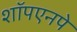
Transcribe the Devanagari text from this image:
शॉपएनपे